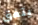
يتفق